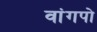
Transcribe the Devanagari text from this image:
वांगपो